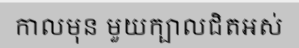
កាលមុន មួយក្បាលជិតអស់